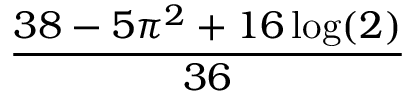
\frac { 3 8 - 5 \pi ^ { 2 } + 1 6 \log ( 2 ) } { 3 6 }